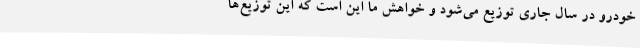
خودرو در سال جاری توزیع می‌شود و خواهش ما این است که این توزیع‌ها